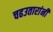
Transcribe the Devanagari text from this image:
चढउतारांनी